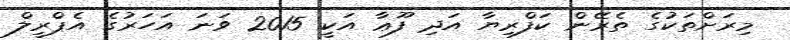
މިރަށްތަކުގެ ތެރޭން ކަފްރިޔާ އަދި ފޫޢާ އަކީ 2015 ވަނަ އަހަރުގެ އެޕްރީލް